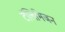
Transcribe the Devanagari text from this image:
टॅलिभिजन